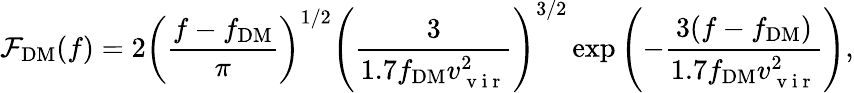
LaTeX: \mathcal{F}_{\mathrm{DM}}(f)=2\left(\frac{f-f_{\mathrm{DM}}}{\pi}\right)^{1/2}\left(\frac{3}{1.7f_{\mathrm{DM}}v_{\mathrm{~v~i~r~}}^{2}}\right)^{3/2}\exp\left(-\frac{3(f-f_{\mathrm{DM}})}{1.7f_{\mathrm{DM}}v_{\mathrm{~v~i~r~}}^{2}}\right),